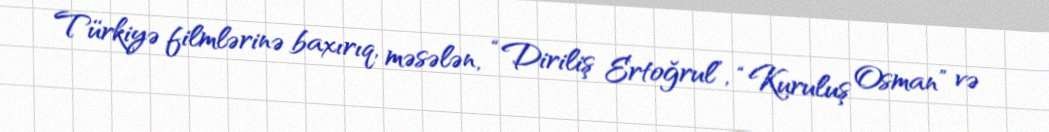
Türkiyə filmlərinə baxırıq, məsələn, “Diriliş Ertoğrul”, “Kuruluş Osman” və